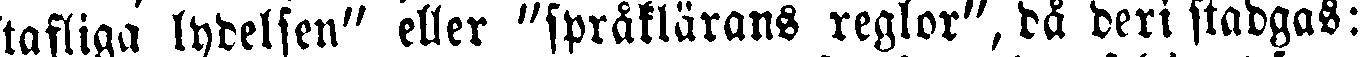
tafliga lydelsen" eller "språklärans reglor", då deri stadgas: